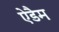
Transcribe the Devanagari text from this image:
ऐडैम